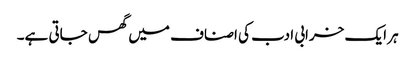
ہر ایک خرابی ادب کی اصناف میں گھس جاتی ہے۔